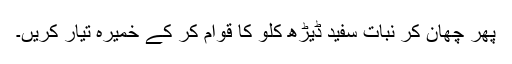
پھر چھان کر نبات سفید ڈیڑھ کلو کا قوام کر کے خمیرہ تیار کریں۔